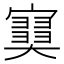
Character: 𡫩